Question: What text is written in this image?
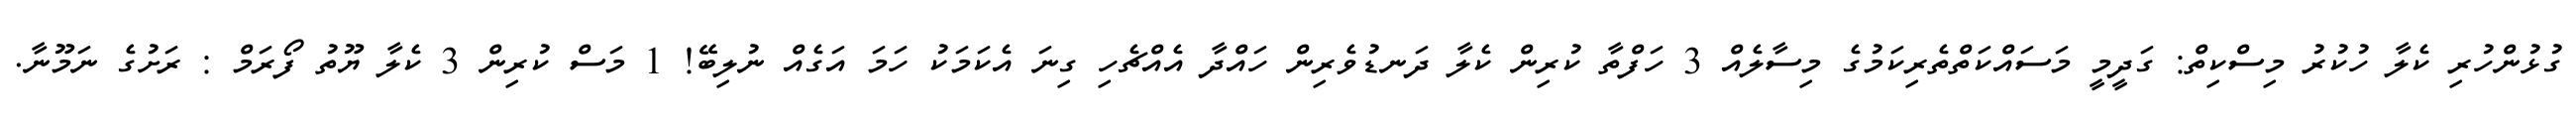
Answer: ގުޅުންހުރި ކެލާ ހުކުރު މިސްކިތް: ގަދީމީ މަސައްކަތްތެރިކަމުގެ މިސާލެއް 3 ހަފްތާ ކުރިން ކެލާ ދަނޑުވެރިން ހައްދާ އެއްޗެހި ގިނަ އެކަމަކު ހަމަ އަގެއް ނުލިބޭ! 1 މަސް ކުރިން 3 ކެލާ ޔޫތު ފޯރަމް : ރަށުގެ ނަމޫނާ.